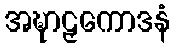
အဍ္ဎာဠှကောဒနံ